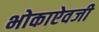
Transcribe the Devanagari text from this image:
भोकाऐवजी